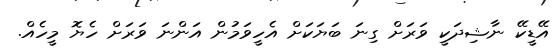
އޭޑީކޭ ނާޝިދަކީ ވަރަށް ގިނަ ބަޔަކަށް އެހީވަމުން އަންނަ ވަރަށް ހެޔޮ މީހެއް.